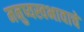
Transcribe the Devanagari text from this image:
मनुष्यस्वभावाचे